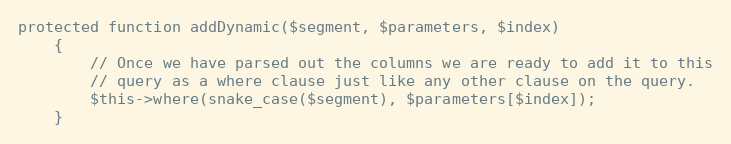
Language: PHP
protected function addDynamic($segment, $parameters, $index)
    {
        // Once we have parsed out the columns we are ready to add it to this
        // query as a where clause just like any other clause on the query.
        $this->where(snake_case($segment), $parameters[$index]);
    }